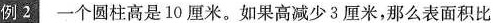
例2一个圆柱高是10厘米,如果高减少3厘米，那么表面积比